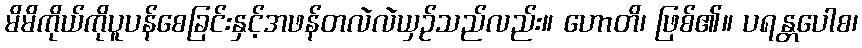
မိမိကိုယ်ကိုပူပန်စေခြင်းနှင့်အဖန်တလဲလဲယှဉ်သည်လည်း။ ဟောတိ၊ ဖြစ်၏။ ပရန္တပေါစ၊